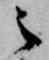
之